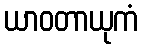
ယာဝတာယုကံ